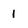
Character: I